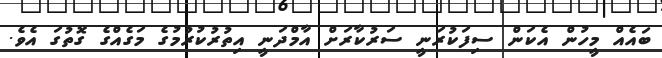
ބައެއް މީހުން އެކަން ސިފަކުރަނީ ސަރުކާރަށް އާމްދަނީ އިތުރުކުރުމުގެ މަގެއްގެ ގޮތުގަ އެވެ.